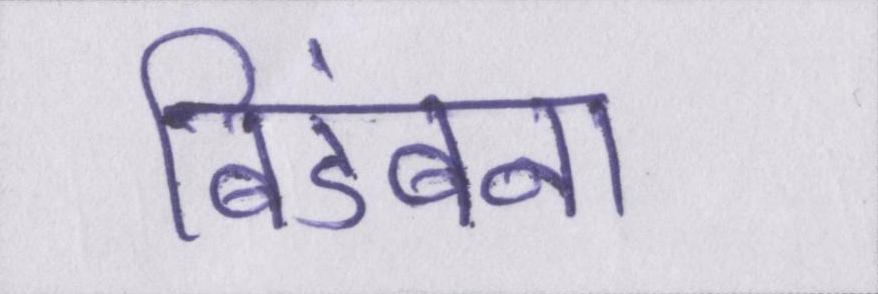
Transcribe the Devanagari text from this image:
बिडंबना